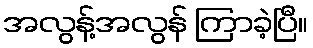
အလွန့်အလွန် ကြာခဲ့ပြီ။